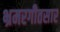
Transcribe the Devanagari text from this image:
भ्रमरगीतसार